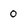
Character: 0